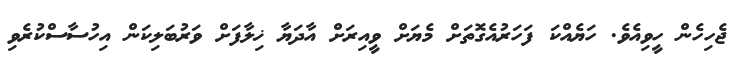
ޖެހިހެން ހީވިއެވެ. ހަޔެއްކަ ފަހަރުއެގޮތަށް މެޔަށް ވީއިރަށް އާދަޔާ ޚިލާފަށް ވަރުބަލިކަން އިހުސާސްކުރެވި